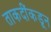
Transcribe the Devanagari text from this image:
ताकदींकडून